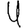
Digit: 4